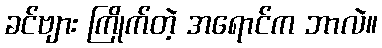
ခင်ဗျား ကြိုက်တဲ့ အရောင်က ဘာလဲ။